Tartu_Linna_ja_Maakonna_Kaitseliit, lk 198
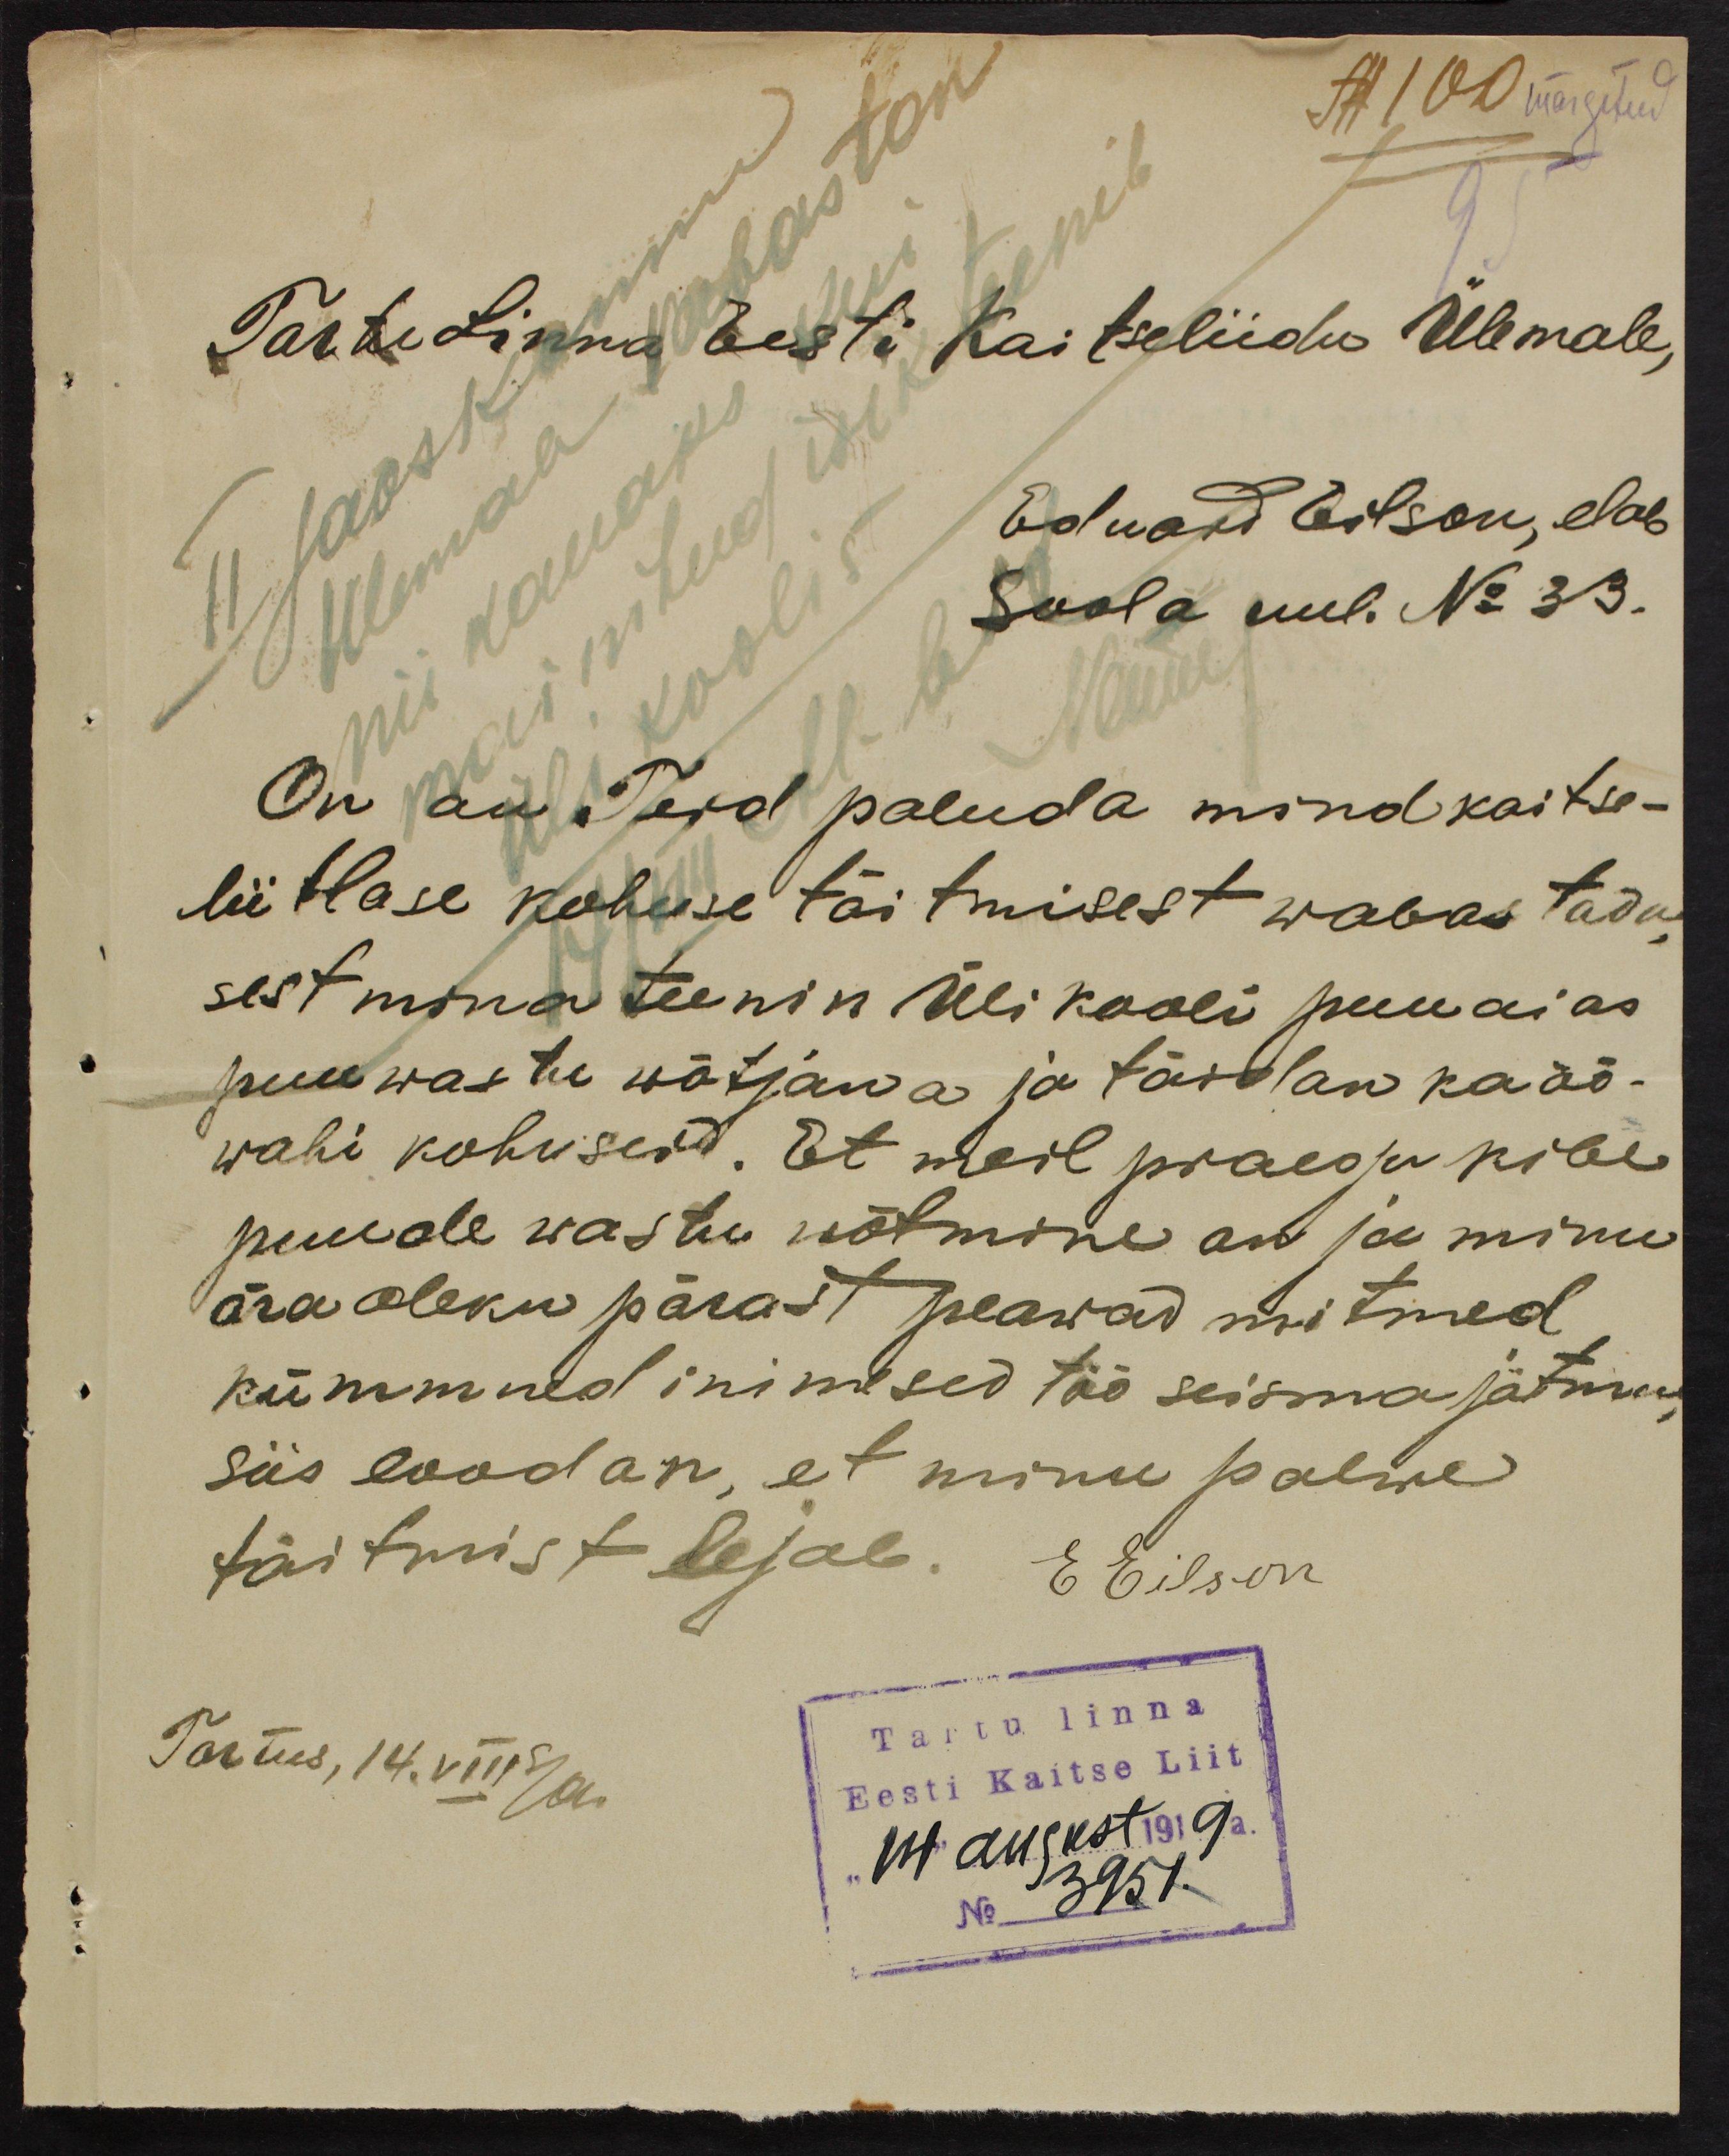
Tartu Linna Eesti Kaitseliidu Ülemale,
Ülemala vabastan
II jaoskonna
Eduard Eilson, elab
nii kauaks kui
Soola uul. No 33.
mainitud isik teenib
ülikoolis
On au Teid paluda mind kaitse-
liitlase kohuse täitmisest wabastada
sest mina teenin Ülikooli puuaias
puu wastu wõtjana ja täidan ka öö-
wahi kohuseid. Et meil praegu kibe,
puude wastu wõtmine on ja minu
äraoleku pärast peawad mitmed
kümmned inimesed töö seisma jätma
siis loodan, et minu palwe
täitmist lejab. E. Eilson
Tartus, 14.VIII sa
Tartu linna
Eesti Kaitse Liit
14 august 1919a.
No 3957.